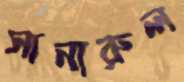
সানারুল